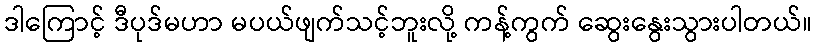
ဒါကြောင့် ဒီပုဒ်မဟာ မပယ်ဖျက်သင့်ဘူးလို့ ကန့်ကွက် ဆွေးနွေးသွားပါတယ်။